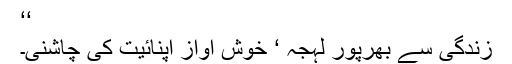
‘‘
زندگی سے بھرپور لہجہ ‘ خوش آواز اپنائیت کی چاشنی۔